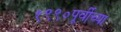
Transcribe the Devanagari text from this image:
१९९०पूर्वीच्या